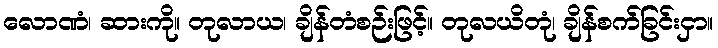
လောဏံ၊ ဆားကို။ တုလာယ၊ ချိန်တံစဉ်းဖြင့်။ တုလယိတုံ၊ ချိန်စက်ခြင်းငှာ။